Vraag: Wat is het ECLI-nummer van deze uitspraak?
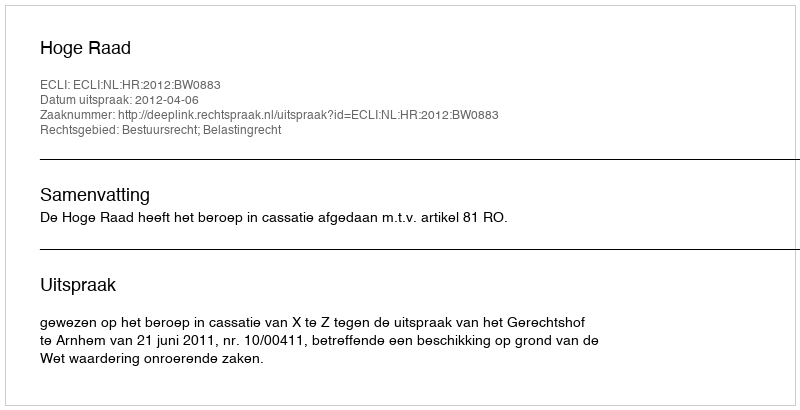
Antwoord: ECLI:NL:HR:2012:BW0883